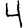
Digit: 4